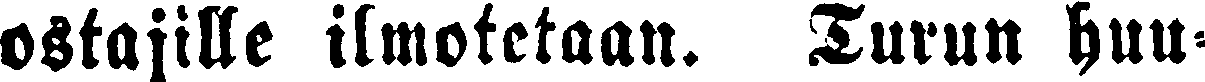
ostajille ilmotetaan. Turun huu-